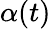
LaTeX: \alpha(t)